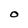
Character: O